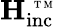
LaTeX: \mathbf{H_{\mathrm{inc}}^{\mathrm{~\tiny~T~M~}}}